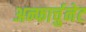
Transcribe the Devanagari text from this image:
अन्फार्चुनेट